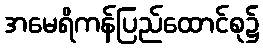
အမေရိကန်ပြည်ထောင်စု၌